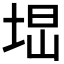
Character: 𡌕